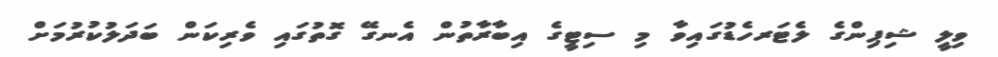
ވިލީ ޝިޕިންގެ ލެޓަރހެޑުގައިވާ މި ސިޓީގެ އިބާރާތުން އެނގޭ ގޮތުގައި ވެރިކަން ބަދަލުކުރުމަށް